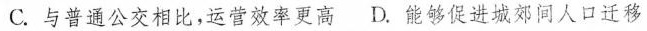
C. 与普通公交相比，运营效率更高 D. 能够促进城郊间人口迁移